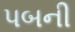
પબની